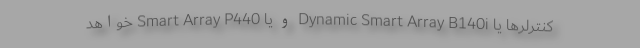
کنترلرها یا Dynamic Smart Array B140i و یا Smart Array P440 خواهد